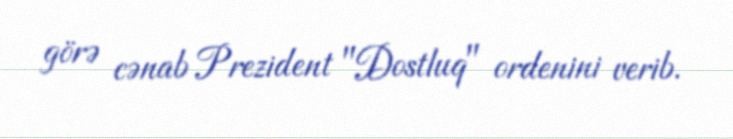
görə cənab Prezident "Dostluq" ordenini verib.